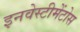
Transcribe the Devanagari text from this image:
इनवेस्टीमेंटोस